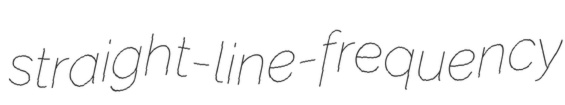
straight-line-frequency